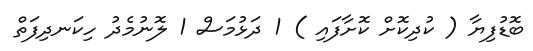
ބޮޑުފިޔާ ( ކުދިކޮށް ކޮށާފައި ) 1 ދަޅުމަސް 1 ލޮނުމެދު ހިކަނދިފަތް